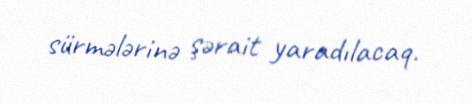
sürmələrinə şərait yaradılacaq.